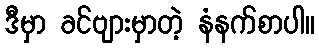
ဒီမှာ ခင်ဗျားမှာတဲ့ နံနက်စာပါ။